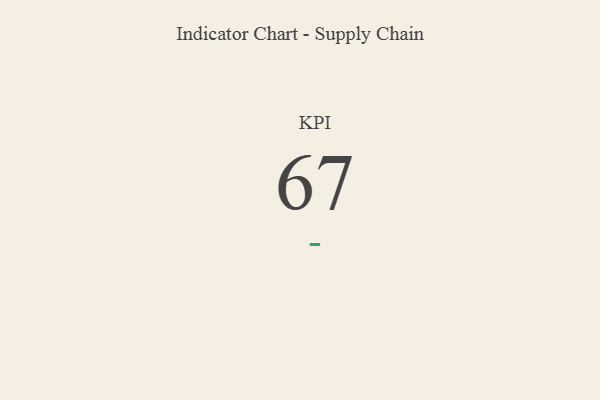
{"axis": {"x": "KPI", "y": "Value"}, "legend": [""], "data": [{"x": "KPI", "y": 67, "type": ""}]}